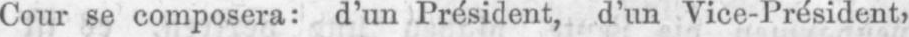
Cour se composera: d’un Président, d’un Vice-Président,